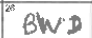
Transcription: BWD